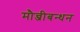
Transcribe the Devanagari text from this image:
मौन्जीबन्धन